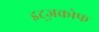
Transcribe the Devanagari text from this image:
इट्ज़कोफ